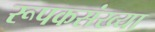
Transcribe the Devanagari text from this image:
रूपकसंख्या